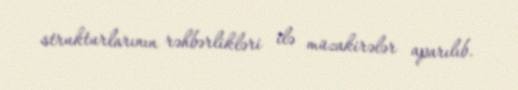
strukturlarının rəhbərlikləri ilə müzakirələr aparılıb.